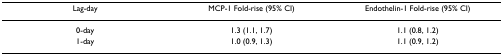
| Lag-day | MCP-1 Fold-rise (95% CI) | Endothelin-1 Fold-rise (95% CI) |
 | --- | --- | --- |
 | 0-day | 1.3 (1.1, 1.7) | 1.1 (0.8, 1.2) |
 | 1-day | 1.0 (0.9, 1.3) | 1.1 (0.9, 1.2) |